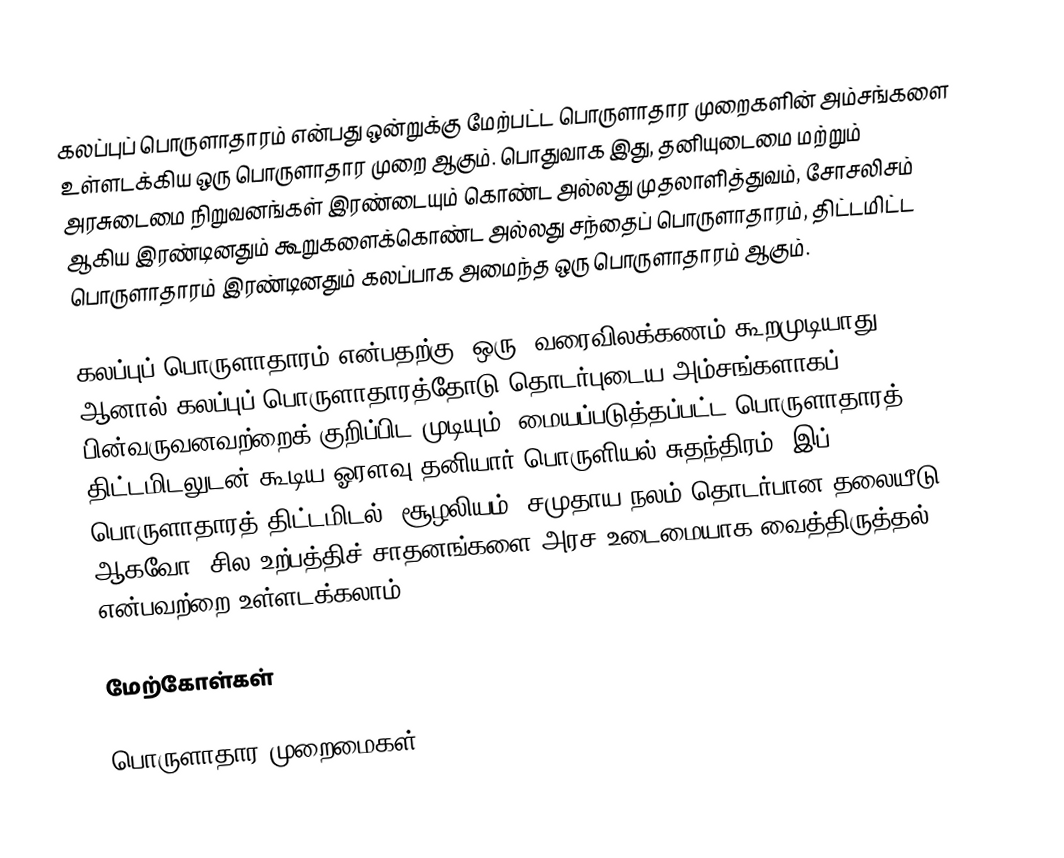
கலப்புப் பொருளாதாரம் என்பது ஒன்றுக்கு மேற்பட்ட பொருளாதார முறைகளின் அம்சங்களை உள்ளடக்கிய ஒரு பொருளாதார முறை ஆகும். பொதுவாக இது, தனியுடைமை மற்றும் அரசுடைமை நிறுவனங்கள் இரண்டையும் கொண்ட அல்லது முதலாளித்துவம், சோசலிசம் ஆகிய இரண்டினதும் கூறுகளைக்கொண்ட அல்லது சந்தைப் பொருளாதாரம், திட்டமிட்ட பொருளாதாரம் இரண்டினதும் கலப்பாக அமைந்த ஒரு பொருளாதாரம் ஆகும்.

கலப்புப் பொருளாதாரம் என்பதற்கு "ஒரு" வரைவிலக்கணம் கூறமுடியாது. ஆனால் கலப்புப் பொருளாதாரத்தோடு தொடர்புடைய அம்சங்களாகப் பின்வருவனவற்றைக் குறிப்பிட முடியும்: மையப்படுத்தப்பட்ட பொருளாதாரத் திட்டமிடலுடன் கூடிய ஓரளவு தனியார் பொருளியல் சுதந்திரம். இப் பொருளாதாரத் திட்டமிடல், சூழலியம், சமுதாய நலம் தொடர்பான தலையீடு ஆகவோ, சில உற்பத்திச் சாதனங்களை அரச உடைமையாக வைத்திருத்தல் என்பவற்றை உள்ளடக்கலாம்.

மேற்கோள்கள்

பொருளாதார முறைமைகள்